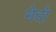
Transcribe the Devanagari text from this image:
मेदो